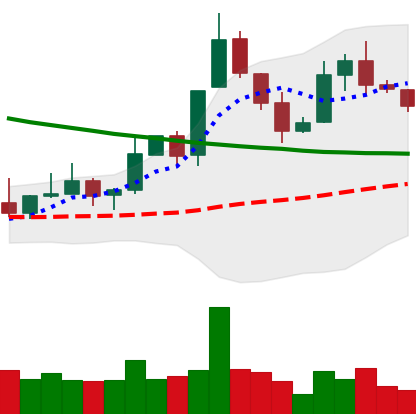
Ticker: XLM-USD
Chart end date: 2019-11-14
Forward return: -12.027%
Label: down_7plus